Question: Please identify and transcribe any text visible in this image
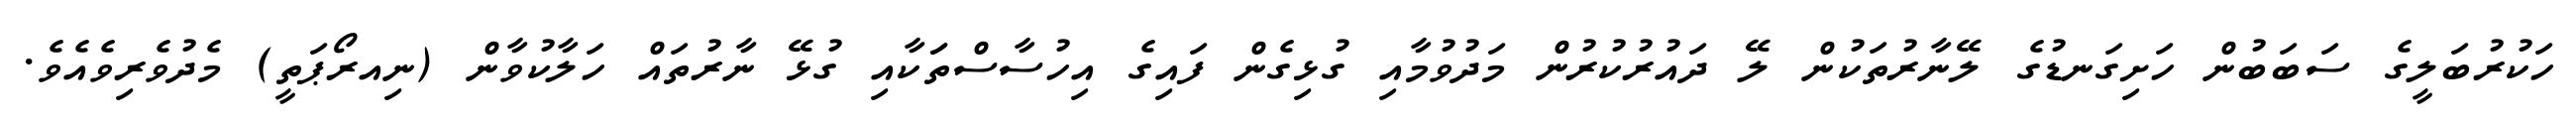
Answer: ހަކުރުބަލީގެ ސަބަބުން ހަށިގަނޑުގެ ލޭނާރުތަކުން ލޭ ދައުރުކުރުން މަދުވުމާއި ގުޅިގެން ފައިގެ އިހުސާސްތަަކާއި ގުޅޭ ނާރުތައް ހަލާކުވާން (ނިއރޯޕަތީ) މެދުވެރިވެއެވެ.